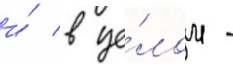
и́ в це́лом -